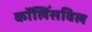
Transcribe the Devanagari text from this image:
कॉलिंसविल